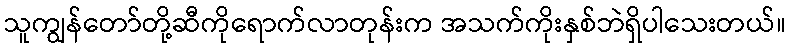
သူကျွန်တော်တို့ဆီကိုရောက်လာတုန်းက အသက်ကိုးနှစ်ဘဲရှိပါသေးတယ်။